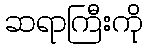
ဆရာကြီးကို